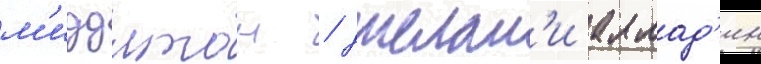
м'иддлтон / джелан'и аллад'ин